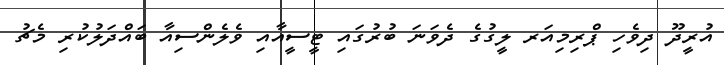
އުރީދޫ ދިވެހި ޕްރިމިއަރ ލީގުގެ ދެވަނަ ބުރުގައި ޓީސީއާއި ވެލެންސިއާ ބައްދަލުކުރި މެޗު